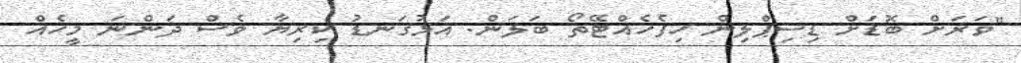
"ވަރަށް ބޮޑަށް ޑިސިޕްލިން ހިފެހެއްޓޭތޯ ބަލަން. އަޅުގަނޑު ކިރިޔާ ވެސް ދަންނަ މީހެއް